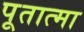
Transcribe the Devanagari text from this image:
पूतात्मा